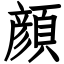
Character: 顔